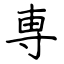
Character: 専